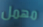
مهمل